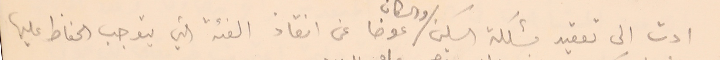
ادت الى تعقيد مشكلة السكن عوضا عن انقاذ الفئة التي يتوجب الحفاظ عليها